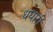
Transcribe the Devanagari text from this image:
धधारी